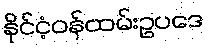
နိုင်ငံ့ဝန်ထမ်းဥပဒေ